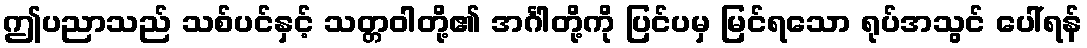
ဤပညာသည် သစ်ပင်နှင့် သတ္တဝါတို့၏ အင်္ဂါတို့ကို ပြင်ပမှ မြင်ရသော ရုပ်အသွင် ပေါ်ရန်